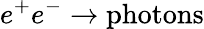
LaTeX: e^{+}e^{-}\to\mathrm{photons}